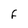
Character: F